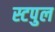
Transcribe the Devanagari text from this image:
स्टपुल